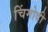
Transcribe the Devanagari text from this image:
चिंगोदी